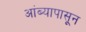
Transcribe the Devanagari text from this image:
आंब्यापासून